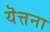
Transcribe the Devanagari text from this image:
यॆत्तना